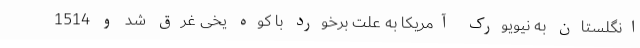
انگلستان به نیویورک آمریکا به علت برخورد با کوه یخی غرق شد و 1514